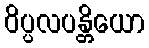
ဝိပ္ပလပန္တိယော